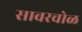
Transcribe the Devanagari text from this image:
सावरचोळ